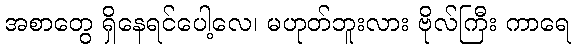
အစာတွေ ရှိနေရင်ပေါ့လေ၊ မဟုတ်ဘူးလား ဗိုလ်ကြီး ကာရေ